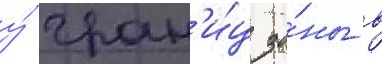
у́ гран'и́ц зо́ны в